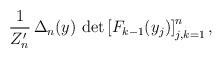
LaTeX: \begin{align*} \frac{1}{{Z}_n'} \, \Delta_n(y) \, \det \left[ F_{k-1}(y_j) \right]_{j,k=1}^n, \end{align*}